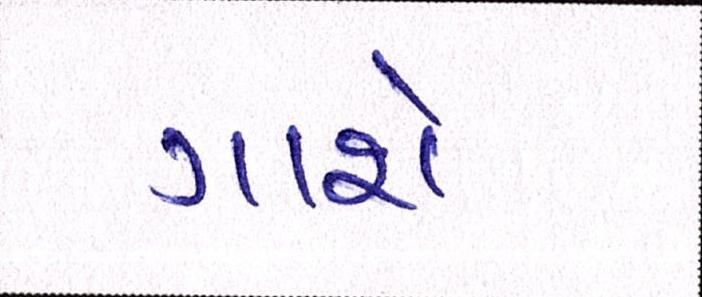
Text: ગાશે